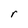
Character: r